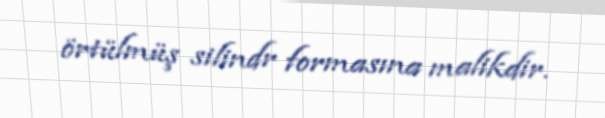
örtülmüş silindr formasına malikdir.